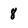
Character: 8